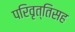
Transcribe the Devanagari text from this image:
परिवृत्तिसह